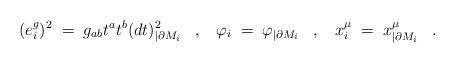
LaTeX: \begin{align*} (e^g_{i})^2\; =\; g_{ab}t^at^b(dt)^2_{|\partial M_i}\;\;\;,\;\;\; \varphi_i \;=\; \varphi_{|\partial M_i}\;\;\;, \;\;\; x^{\mu}_i \;= \; x^{\mu}_{|\partial M_i}\;\;\;.\end{align*}